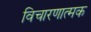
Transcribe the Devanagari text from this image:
विचारणात्मक